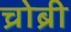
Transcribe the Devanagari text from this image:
च्रोब्री